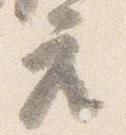
座